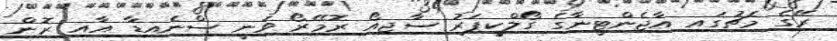
ރޭގެ މެޗުގައި އާޖެންޓީނާގެ ގޯލްކީޕަރު ސާޖިއޯ ރޮމޭރޯ ވަނީ ސްނެއިޑާ އާއި ރޮން